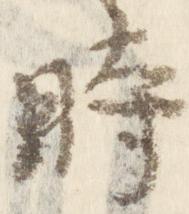
時